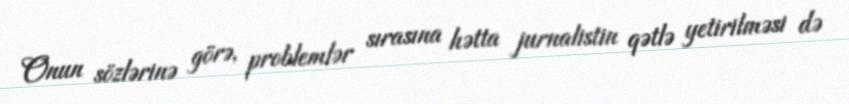
Onun sözlərinə görə, problemlər sırasına hətta jurnalistin qətlə yetirilməsi də